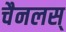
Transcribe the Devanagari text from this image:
चैनलस्